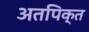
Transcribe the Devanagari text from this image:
अतपिक्त